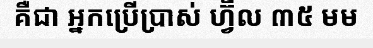
គឺជា អ្នកប្រើប្រាស់ ហ្វ៊ីល ៣៥ មម